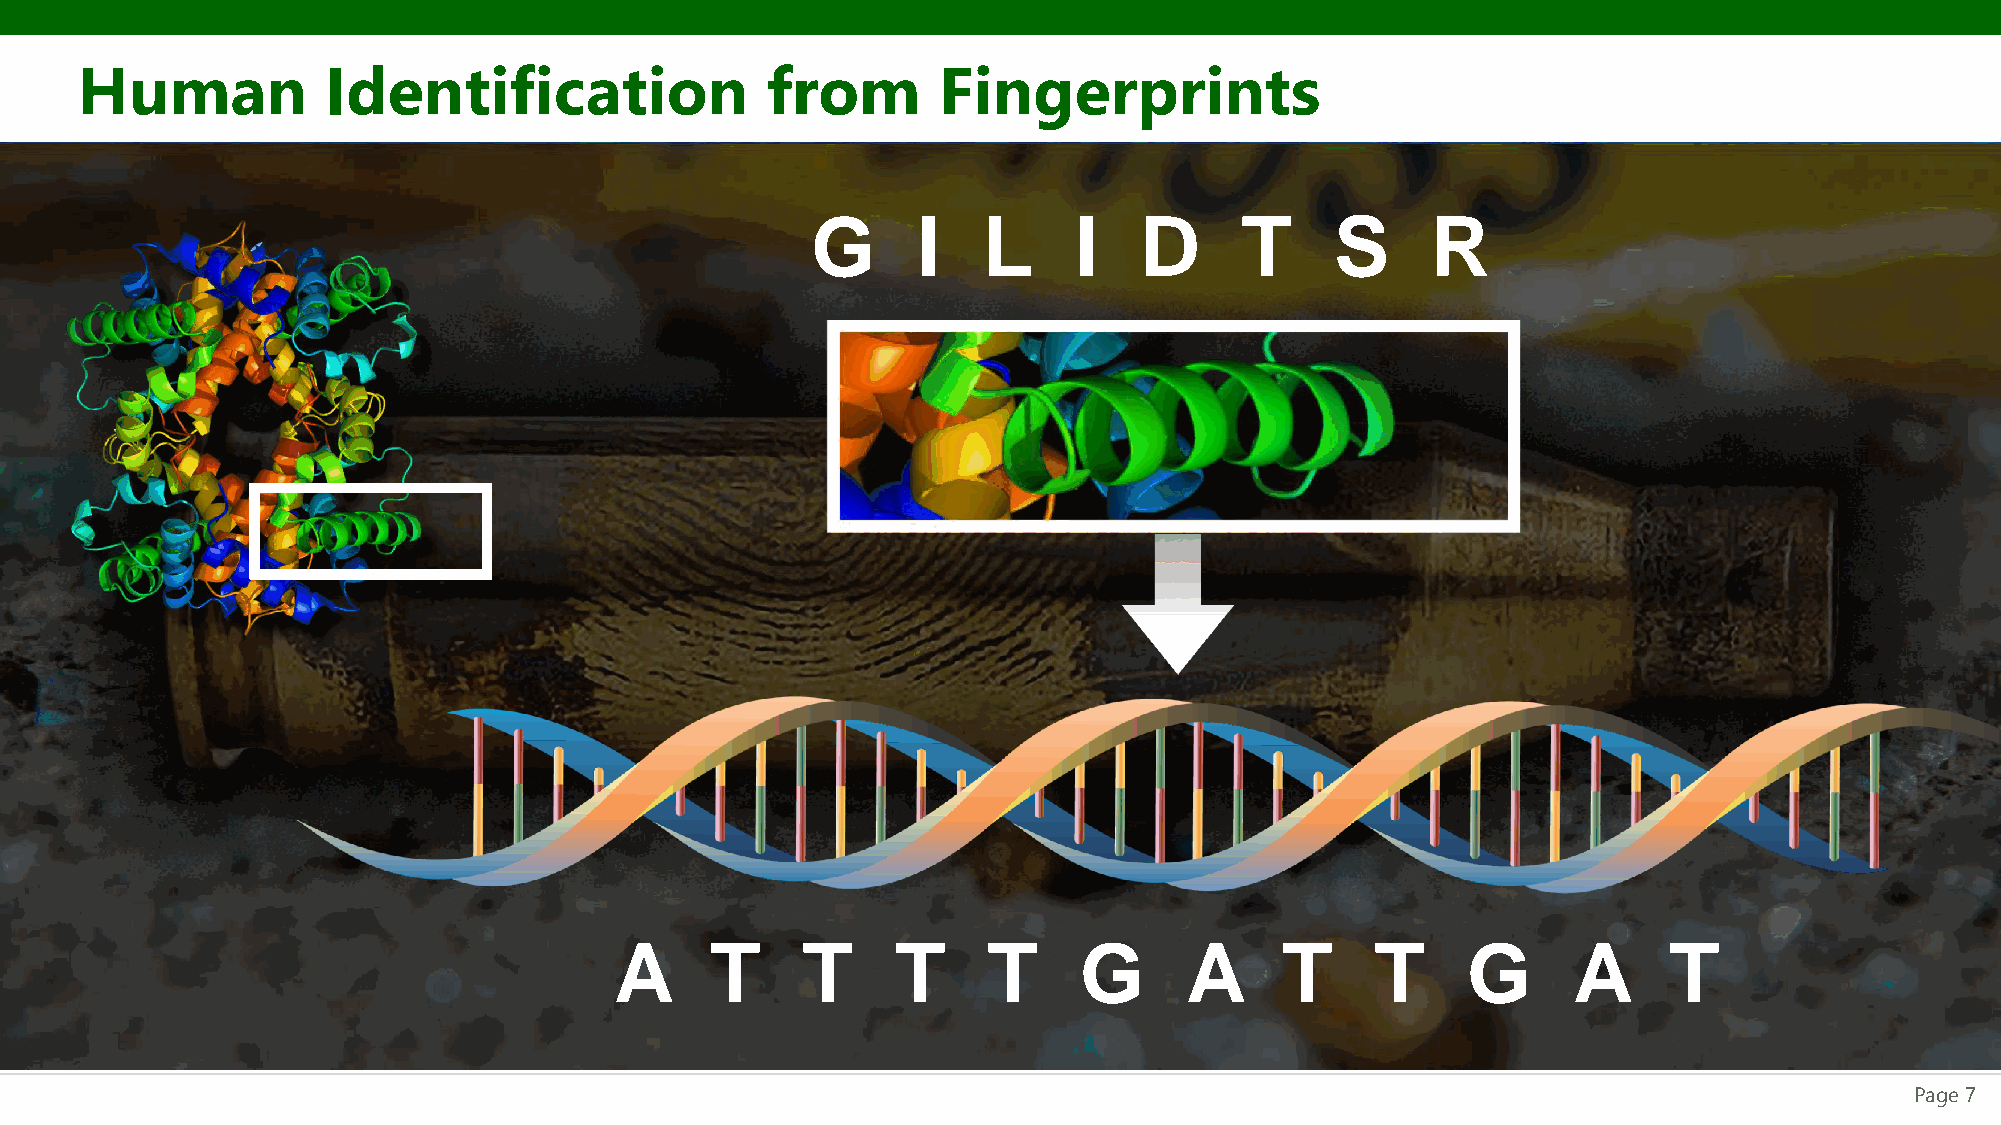
Human            Identification               from       Fingerprints
 G      I   L     I   D      T     S      R
 A     T     T     T     T     G      A      T     T     G      A     T
 Page 7